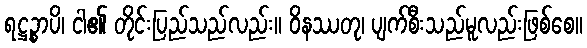
ရဋ္ဌဉ္စာပိ၊ ငါ၏ တိုင်းပြည်သည်လည်း။ ဝိနဿတု၊ ပျက်စီးသည်မူလည်းဖြစ်စေ။